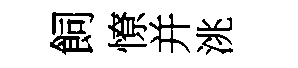
飼憭并洮